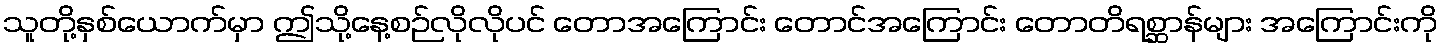
သူတို့နှစ်ယောက်မှာ ဤသို့နေ့စဉ်လိုလိုပင် တောအကြောင်း တောင်အကြောင်း တောတိရစ္ဆာန်များ အကြောင်းကို